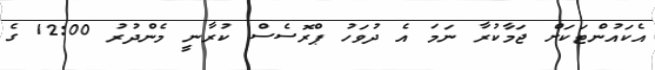
އެކައުންޓަކަށް ޖަމާކުރާ ނަމަ އެ ދުވަހު ޕްރޮސެސް ކުރާނީ މެންދުރު 12:00 ގެ